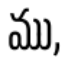
ము,